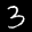
Label: 3